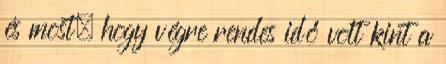
és most, hogy végre rendes idő volt kint a